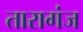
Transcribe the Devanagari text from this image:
तारागंज